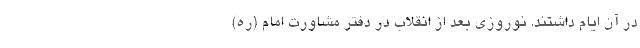
در آن ایام داشتند. نوروزی بعد از انقلاب در دفتر مشاورت امام‌ (ره)